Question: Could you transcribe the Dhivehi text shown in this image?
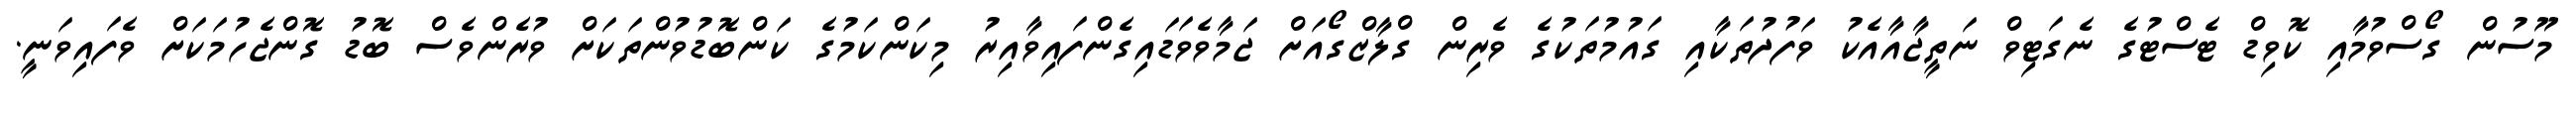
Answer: މޫސުން ގޯސްވުމާއި ކޮވިޑް ޓެސްޓުގެ ނެގަޓިވް ނަތީޖާއާއެކު ވަފުދުތަކާއި ގައުމުތަކުގެ ވެރިން ގްލާޒްގޯއަށް ޖަމާވެވަޑައިގެންފައިވާއިރު މިކަންކަމުގެ ކަންބޮޑުވުންތަކަށް ވުރެންވެސް ބޮޑު ގޮންޖެހުމަކަށް ވެފައިވަނީ.